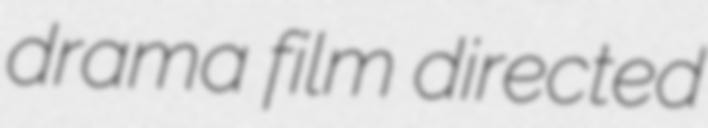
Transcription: drama film directed